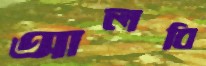
আলবি